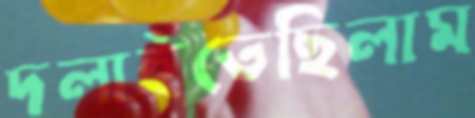
দলাইতেছিলাম